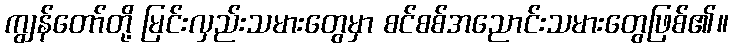
ကျွန်တော်တို့ မြင်းလှည်းသမားတွေမှာ စင်စစ်အညောင်းသမားတွေဖြစ်၏။